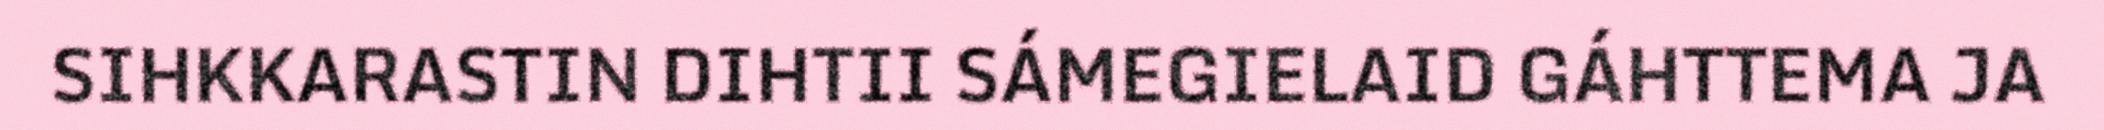
SIHKKARASTIN DIHTII SÁMEGIELAID GÁHTTEMA JA